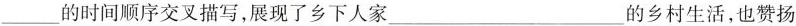
___的时间顺序交叉描写，展现了乡下人家___的乡村生活，也赞扬